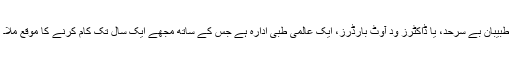
طبیبانِ بے سرحد، یا ڈاکٹرز وِد آوٹ بارڈرز، ایک عالمی طبی ادارہ ہے جس کے ساتھ مجھے ایک سال تک کام کرنے کا موقع ملا۔